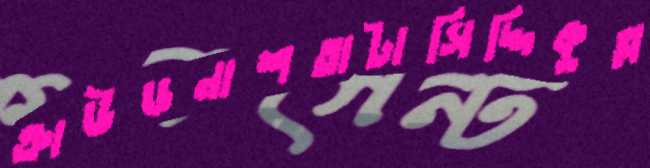
ক্রাউডনাশতাটাসিদ্দিকুল্ল